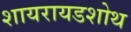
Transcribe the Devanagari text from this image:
शायरायडशोथ